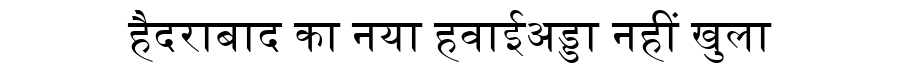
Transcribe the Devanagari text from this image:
हैदराबाद का नया हवाईअड्डा नहीं खुला